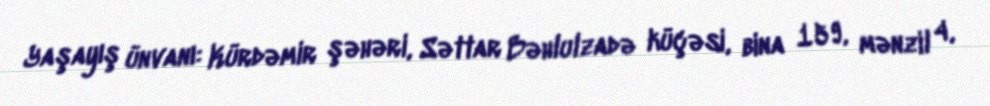
Yaşayış ünvanı: Kürdəmir şəhəri, Səttar Bəhlulzadə küçəsi, bina 159, mənzil 4,